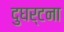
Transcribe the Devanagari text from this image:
दुघर्टना